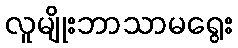
လူမျိုးဘာသာမရွေး